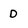
Character: D